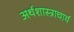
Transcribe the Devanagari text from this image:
अर्थशास्त्राचार्य